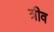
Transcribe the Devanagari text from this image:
त्रीव